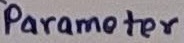
Text: Parameter